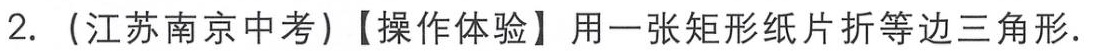
2. (江苏南京中考)【操作体验】用一张矩形纸片折等边三角形.